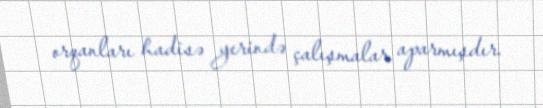
orqanları hadisə yerində çalışmalar aparmışdır.